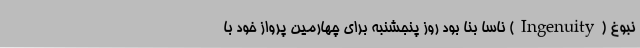
نبوغ (Ingenuity) ناسا بنا بود روز پنجشنبه برای چهارمین پرواز خود با